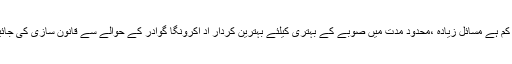
وقت کم ہے مسائل زیادہ ،محدود مدت میں صوبے کے بہتری کیلئے بہترین کردار اد اکرونگا گوادر کے حوالے سے قانون سازی کی جائیگی ۔